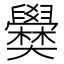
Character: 𡚣